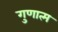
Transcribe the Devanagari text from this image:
गुणात्म